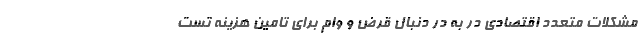
مشکلات متعدد اقتصادی در به در دنبال قرض و وام برای تامین هزینه تست